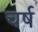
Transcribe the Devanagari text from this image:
चर्ष